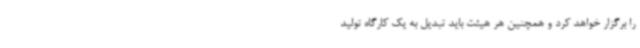
را برگزار خواهد کرد و همچنین هر هیئت باید تبدیل به یک کارگاه تولید